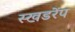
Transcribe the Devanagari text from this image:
स्खडरेंप